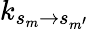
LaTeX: k_{s_{m}\rightarrow s_{m^{\prime}}}